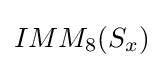
IMM_{8}(S_{x})